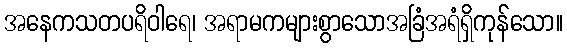
အနေကသတပရိဝါရေ၊ အရာမကများစွာသောအခြံအရံရှိကုန်သော။